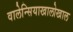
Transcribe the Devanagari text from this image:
वालेन्सियाखालोखाल